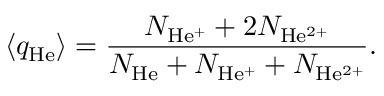
\centering \langle q _ { \mathrm { H e } } \rangle = \frac { N _ { \mathrm { H e ^ { + } } } + 2 N _ { \mathrm { H e ^ { 2 + } } } } { N _ { \mathrm { H e } } + N _ { \mathrm { H e ^ { + } } } + N _ { \mathrm { H e ^ { 2 + } } } } .